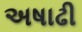
અષાઢી